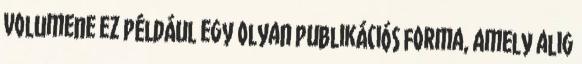
volumene ez például egy olyan publikációs forma, amely alig